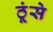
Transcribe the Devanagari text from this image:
ठूंसे